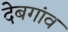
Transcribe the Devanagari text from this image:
देबगांव